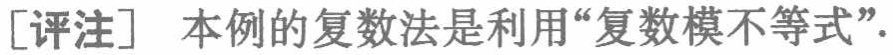
[评注] 本例的复数法是利用“复数模不等式”.